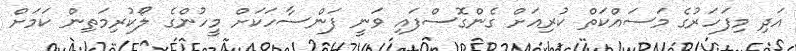
އަދި މިފަހަރުގެ މަސައްކަތް ކުރިއަށް ގެންގޮސްފައި ވަނީ ފަންސާހަކަށް މީހުންގެ ލޯކުރިމަތިން ކަމަށް